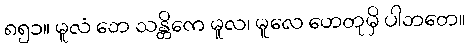
၈၅၁။ မူလံ ဘေ သန္တိကေ မူလ၊ မူလေ ဟေတုမှိ ပါဘတေ။